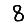
Digit: 8